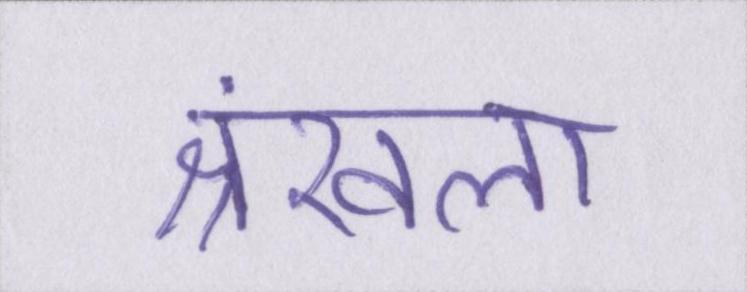
श्रंखला